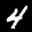
Label: 4